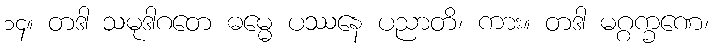
၁၄။ တဒါ သမုဒါဂတေ ဓမ္မေ ပဿနေ ပညာတိ၊ ကား။ တဒါ မဂ္ဂက္ခဏေ၊